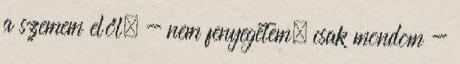
a szemem elől. - nem fenyegetem, csak mondom -